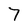
Character: 7